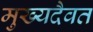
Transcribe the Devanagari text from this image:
मुख्यदैवत